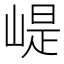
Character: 崼